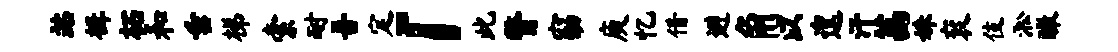
站楫柘和垂梯索耐吾定「此瞥窈庾忆借避角以遑汗茜姝衮伎淞瞰